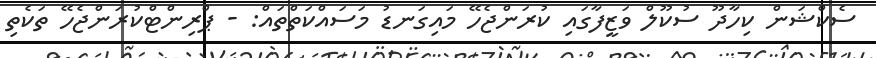
ސެކްޝަން ކިހާދޫ ސުކޫލް ވަޒީފާގައި ކުރަންޖެހޭ މައިގަނޑު މަސައްކަތްތައް: - ޕްރިންޓްކުރަންޖެހޭ ތަކެތި